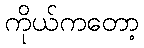
ကိုယ်ကတော့